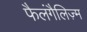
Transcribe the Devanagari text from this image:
फैलंगैलिज़्म